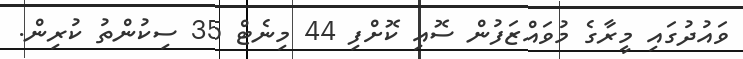
ވައުދުގައި މީރާގެ މުވައްޒަފުން ސޮއި ކޮށްފި 44 މިނެޓް 35 ސިކުންތު ކުރިން.